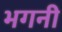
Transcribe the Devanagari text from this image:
भगनी